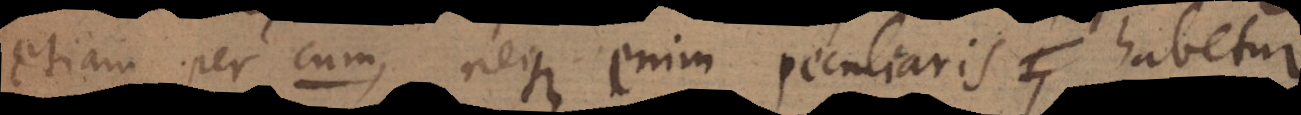
etiam per cum, neque enim peculiaris habetur